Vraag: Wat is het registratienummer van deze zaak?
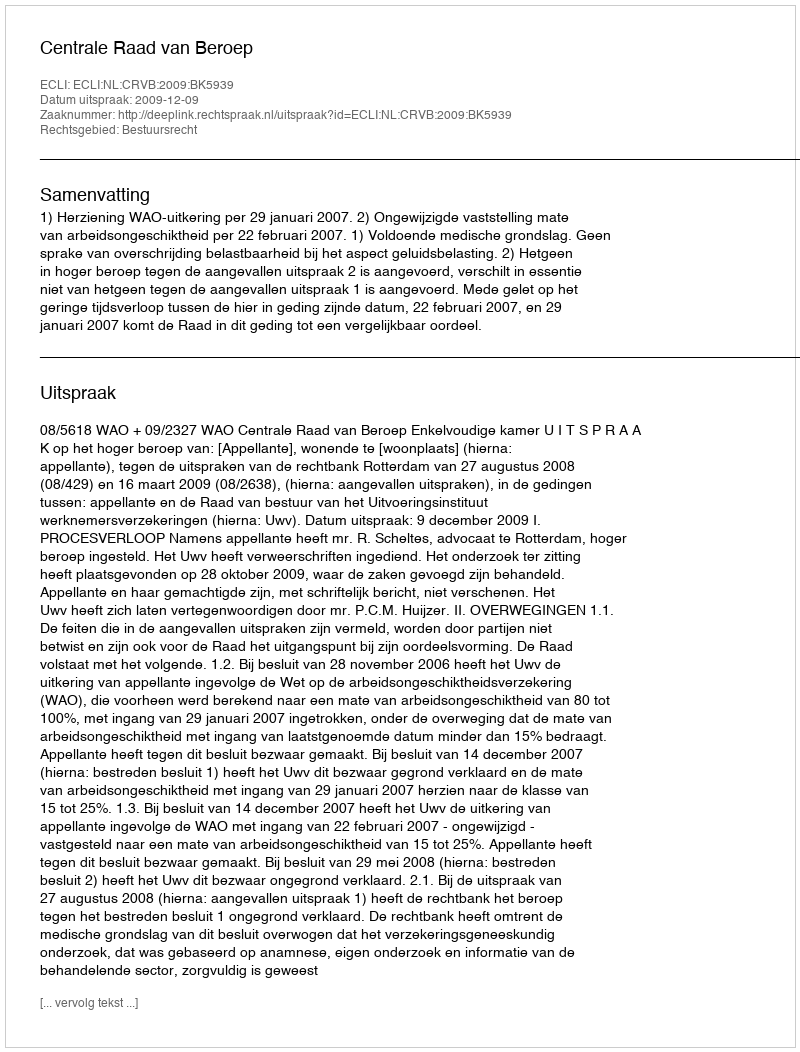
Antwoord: http://deeplink.rechtspraak.nl/uitspraak?id=ECLI:NL:CRVB:2009:BK5939